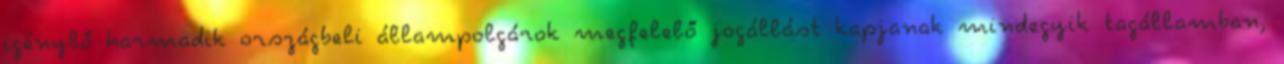
igénylő harmadik országbeli állampolgárok megfelelő jogállást kapjanak mindegyik tagállamban,